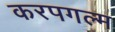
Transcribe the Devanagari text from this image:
करपगल्म